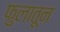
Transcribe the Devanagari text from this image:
फुलातून